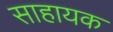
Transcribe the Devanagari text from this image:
साहायक